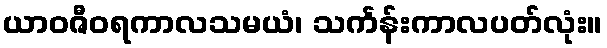
ယာဝဇီဝရကာလသမယံ၊ သင်္ကန်းကာလပတ်လုံး။